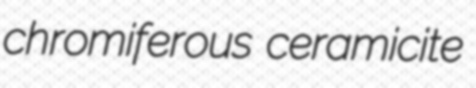
chromiferous ceramicite